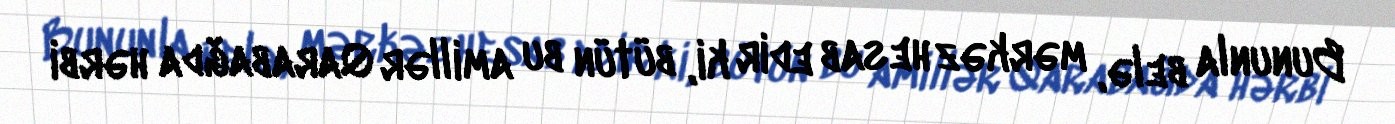
Bununla belə, mərkəz hesab edir ki, bütün bu amillər Qarabağda hərbi